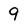
Character: 9